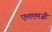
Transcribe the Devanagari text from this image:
एलएमजी